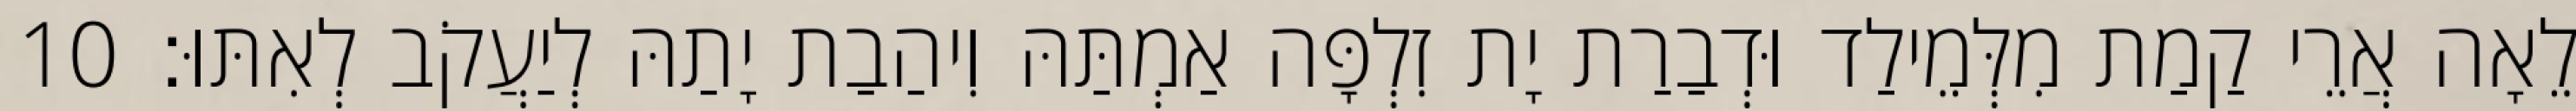
לֵאָה אֲרֵי קַמַת מִלְּמֵילַד וּדְבַרַת יָת זִלְפָּה אַמְתַּהּ וִיהַבַת יָתַהּ לְיַעֲקֹב לְאִתּוּ׃ 10